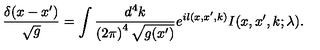
\frac { \delta ( x - x ^ { \prime } ) } { \sqrt { g } } = \int \frac { d ^ { 4 } k } { \left( 2 \pi \right) ^ { 4 } \sqrt { g ( x ^ { \prime } ) } } e ^ { i l ( x , x ^ { \prime } , k ) } I ( x , x ^ { \prime } , k ; \lambda ) .